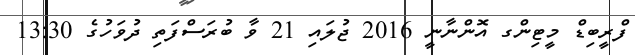
ފްރީބިޑް މީޓިންގ އޮންނާނީ 2016 ޖުލައި 21 ވާ ބުރަސްފަތި ދުވަހުގެ 13:30